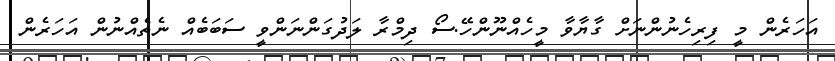
އަހަރެން މީ ފިރިހެނުންނަށް ގާޔާވާ މީހެއްނޫންހޭ.ސޯ ދިމްރާ ލަދުގަންނަންވީ ސަބަބެއް ނެތެއްނުން އަހަރެން